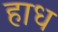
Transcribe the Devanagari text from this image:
हाध